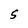
Character: S